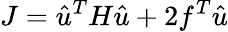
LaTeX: J=\hat{u}^{T}H\hat{u}+2f^{T}\hat{u}